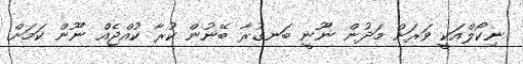
ނިކޯލްއަކީ ވަރަށް މަދުން ނޫނީ ބަނގުރާ ބޭނުން ކުރާ ކުއްޖެއް ނޫން ކަމަށް